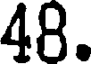
48.